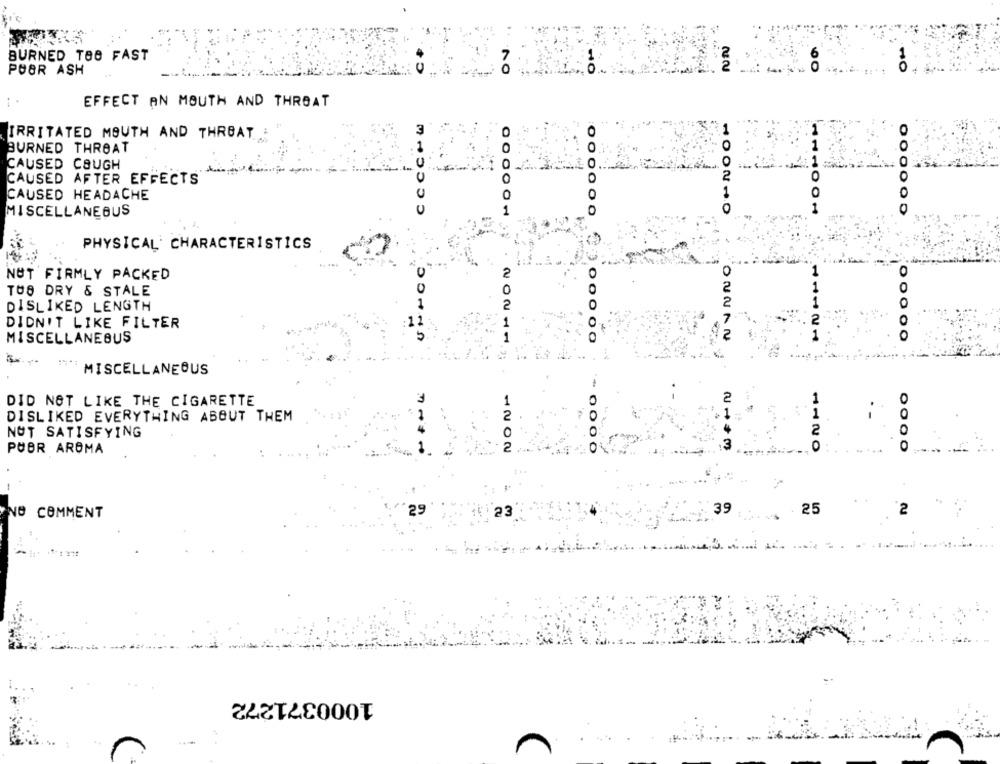
2
BURNED TOO FAST
7
2
60
POBR ASH
EFFECT AN MOUTH AND THROAT
CCCCHW
1
IRRITATED MOUTH AND THREAT.
1
BURNED THROAT
0
CAUSED COUGH
CAUSED AFTER EFFECTS
0
0
CAUSED HEADACHE
O
0
MISCELLANEOUS
1
000000
PHYSICAL' CHARACTERISTICS
UNNOC
2
NUT FIRMLY PACKED
0
1
TUS DRY & STALE
1
0
DISLIKED LENGTH
2
1
2
DIDN'T LIKE FILTER
MISCELLANEOUS
1
000
ONNAN
MISCELLANEOUS
1
3
2
DID NOT LIKE THE CIGARETTE
1
0
DISLIKED EVERYTHING ABOUT THEM
1
1
NUT SATISFYING
2
0
POBR AROMA
1
1202
0000
0
29
39
25
2
NO COMMENT
23
1000371272
r